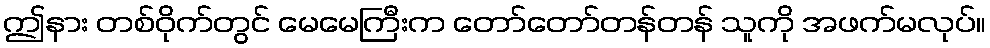
ဤနား တစ်ဝိုက်တွင် မေမေကြီးက တော်တော်တန်တန် သူကို အဖက်မလုပ်။